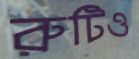
রুটিও